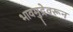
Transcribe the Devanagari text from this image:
भावमुद्रेवरून